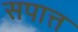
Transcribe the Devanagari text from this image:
सपात्त